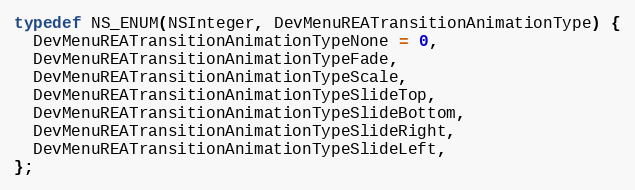
Language: C
typedef NS_ENUM(NSInteger, DevMenuREATransitionAnimationType) {
  DevMenuREATransitionAnimationTypeNone = 0,
  DevMenuREATransitionAnimationTypeFade,
  DevMenuREATransitionAnimationTypeScale,
  DevMenuREATransitionAnimationTypeSlideTop,
  DevMenuREATransitionAnimationTypeSlideBottom,
  DevMenuREATransitionAnimationTypeSlideRight,
  DevMenuREATransitionAnimationTypeSlideLeft,
};